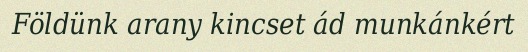
Földünk arany kincset ád munkánkért